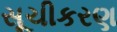
સૂચીકરણ